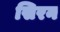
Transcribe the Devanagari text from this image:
सिरन